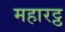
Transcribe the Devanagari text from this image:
महारट्ठ